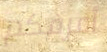
أعرفكم